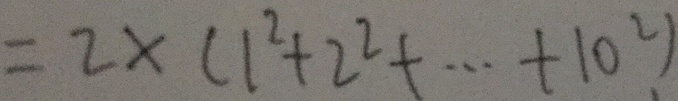
= 2 \times ( 1 ^ { 2 } + 2 ^ { 2 } + \cdots + 1 0 ^ { 2 } )